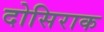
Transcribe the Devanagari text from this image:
दोसिराक